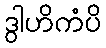
ဒွါဟိကံပိ